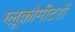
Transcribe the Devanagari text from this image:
ग्लूकोमीटरों